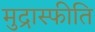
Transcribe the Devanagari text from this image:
मुद्रास्‍फीति